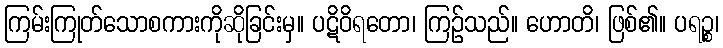
ကြမ်းကြုတ်သောစကားကိုဆိုခြင်းမှ။ ပဋိဝိရတော၊ ကြဉ်သည်။ ဟောတိ၊ ဖြစ်၏။ ပရဉ္စ၊